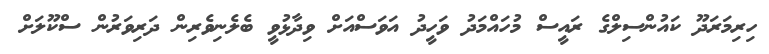
ހިރިމަރަދޫ ކައުންސިލްގެ ރައީސް މުހައްމަދު ވަހީދު އަވަސްއަށް ވިދާޅުވީ ބެލެނިވެރިން ދަރިވަރުން ސްކޫލަށް